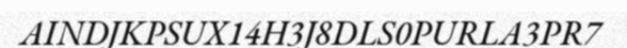
AINDJKPSUX14H3J8DLS0PURLA3PR7